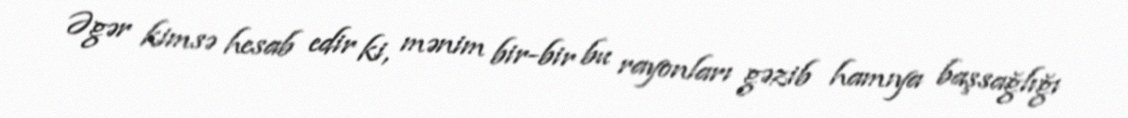
Əgər kimsə hesab edir ki, mənim bir-bir bu rayonları gəzib hamıya başsağlığı